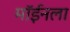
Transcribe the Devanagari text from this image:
मॉईनला